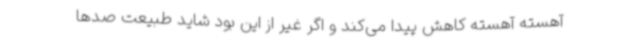
آهسته آهسته کاهش پیدا می‌کند و اگر غیر از این بود شاید طبیعت صدها